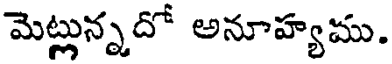
మెట్లున్నదో అనూహ్యము.